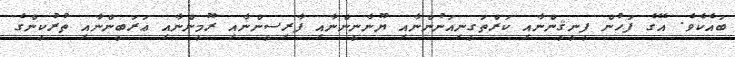
ބައެކެވެ. އޭގެ ފަހުން ފީނީޤީންނާއި ކަރްތަގީނިއަނުންނާއި ޔޫނާނީންނާއި ފާރިސީންނާއި ރޫމީންނާއި ޢަރަބީންނާއި ތުރުކީންގެ